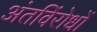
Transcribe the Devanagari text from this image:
अंतविंरोधों